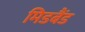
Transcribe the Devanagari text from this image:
मिडबैंड